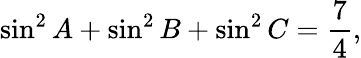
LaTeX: \sin^{2}A+\sin^{2}B+\sin^{2}C={\frac{7}{4}},